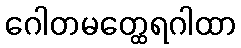
ဂေါတမတ္ထေရဂါထာ